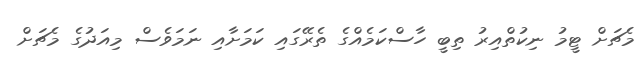
މެޗަށް ޓީމު ނިކުތްއިރު ތިބީ ހާސްކަމެއްގެ ތެރޭގައި ކަމަށާއި ނަމަވެސް މިއަދުގެ މެޗަށް